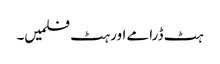
ہٹ ڈرامے اور ہٹ فلمیں۔